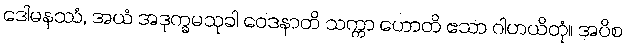
ဒေါမနဿံ, အယံ အဒုက္ခမသုခါ ဝေဒနာတိ သက္ကာ ဟောတိ ဧသာ ဂါဟယိတုံ။ အပိစ